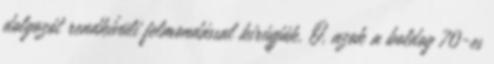
dolgozót rendkívüli felmondással kirúgják. Ó, azok a boldog 70-es